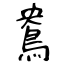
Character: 鴦